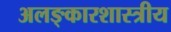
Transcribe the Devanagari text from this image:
अलङ्कारशास्त्रीय